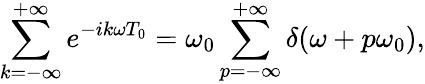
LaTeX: \sum_{k=-\infty}^{+\infty}e^{-ik\omega T_{0}}=\omega_{0}\sum_{p=-\infty}^{+\infty}\delta(\omega+p\omega_{0}),